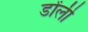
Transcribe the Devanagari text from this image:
डोंली